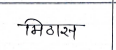
मजकूर: मिठास